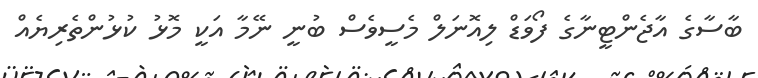
ބާސާގެ އާޖެންޓީނާގެ ފޯވަޑް ލިއޮނަލް މެސީވެސް ބުނީ ނޭމާ އަކީ މޮޅު ކުޅުންތެރިޔެއް